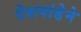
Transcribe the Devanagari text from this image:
देशपांडेने